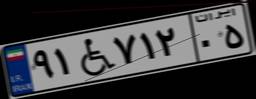
۹۲W۸۹۳۱۶